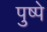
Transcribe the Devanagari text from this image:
पुष्पे